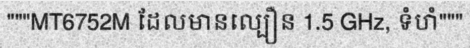
"""MT6752M ដែលមានល្បឿន 1.5 GHz, ទំហំ"""